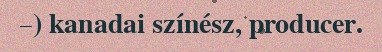
–) kanadai színész, producer.